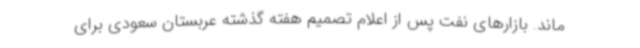
ماند. بازارهای نفت پس از اعلام تصمیم هفته گذشته عربستان سعودی برای